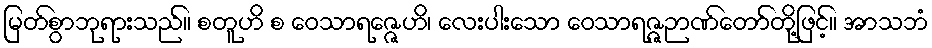
မြတ်စွာဘုရားသည်။ စတူဟိ စ ဝေသာရဇ္ဇေဟိ၊ လေးပါးသော ဝေသာရဇ္ဇဉာဏ်တော်တို့ဖြင့်။ အာသဘံ